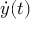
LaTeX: { \dot { y } } ( t )